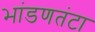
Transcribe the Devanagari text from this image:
भांडणतंटा